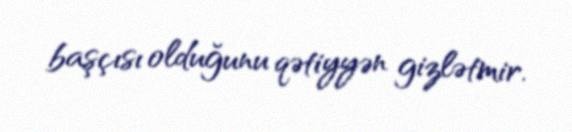
başçısı olduğunu qətiyyən gizlətmir.